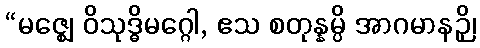
“မဇ္ဈေ ဝိသုဒ္ဓိမဂ္ဂေါ, ဧသ စတုန္နမ္ပိ အာဂမာနဉှိ၊